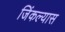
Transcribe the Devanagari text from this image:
जिंकल्यास